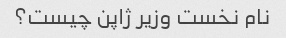
نام نخست وزیر ژاپن چیست؟